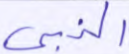
النبي